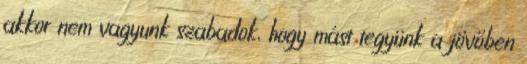
akkor nem vagyunk szabadok, hogy mást tegyünk a jövőben